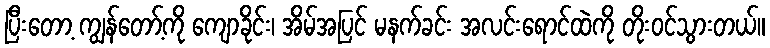
ပြီးတော့ ကျွန်တော့်ကို ကျောခိုင်း၊ အိမ်အပြင် မနက်ခင်း အလင်းရောင်ထဲကို တိုးဝင်သွားတယ်။